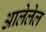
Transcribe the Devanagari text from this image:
आलेलेल